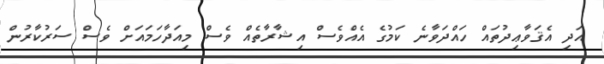
އަދި އެޤަވާޢިދުތައް ހައްދަވާނެ ކަމުގެ އެއްވެސް އިޝާރާތެއް ވެސް މިއަދާހަމައަށް ވެސް ސަރުކާރުން